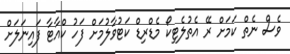
ވެސް ނެތް ކަމަށް ރޭ އެތުލެޓިކޯ މެޑްރިޑް ކަޓުވާލުމަށް ފަހު ކްއާޓާ ފައިނަލަށް